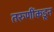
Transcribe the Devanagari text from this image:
तरुणींकडून